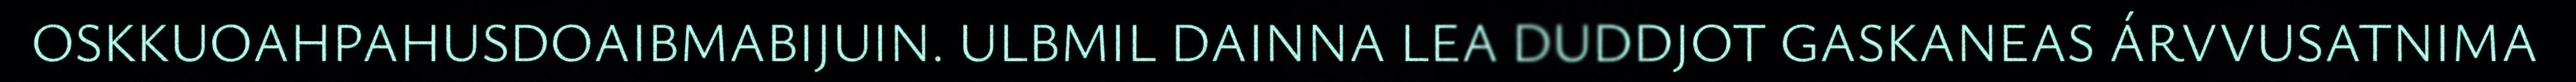
OSKKUOAHPAHUSDOAIBMABIJUIN. ULBMIL DAINNA LEA DUDDJOT GASKANEAS ÁRVVUSATNIMA